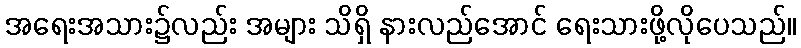
အရေးအသား၌လည်း အများ သိရှိ နားလည်အောင် ရေးသားဖို့လိုပေသည်။